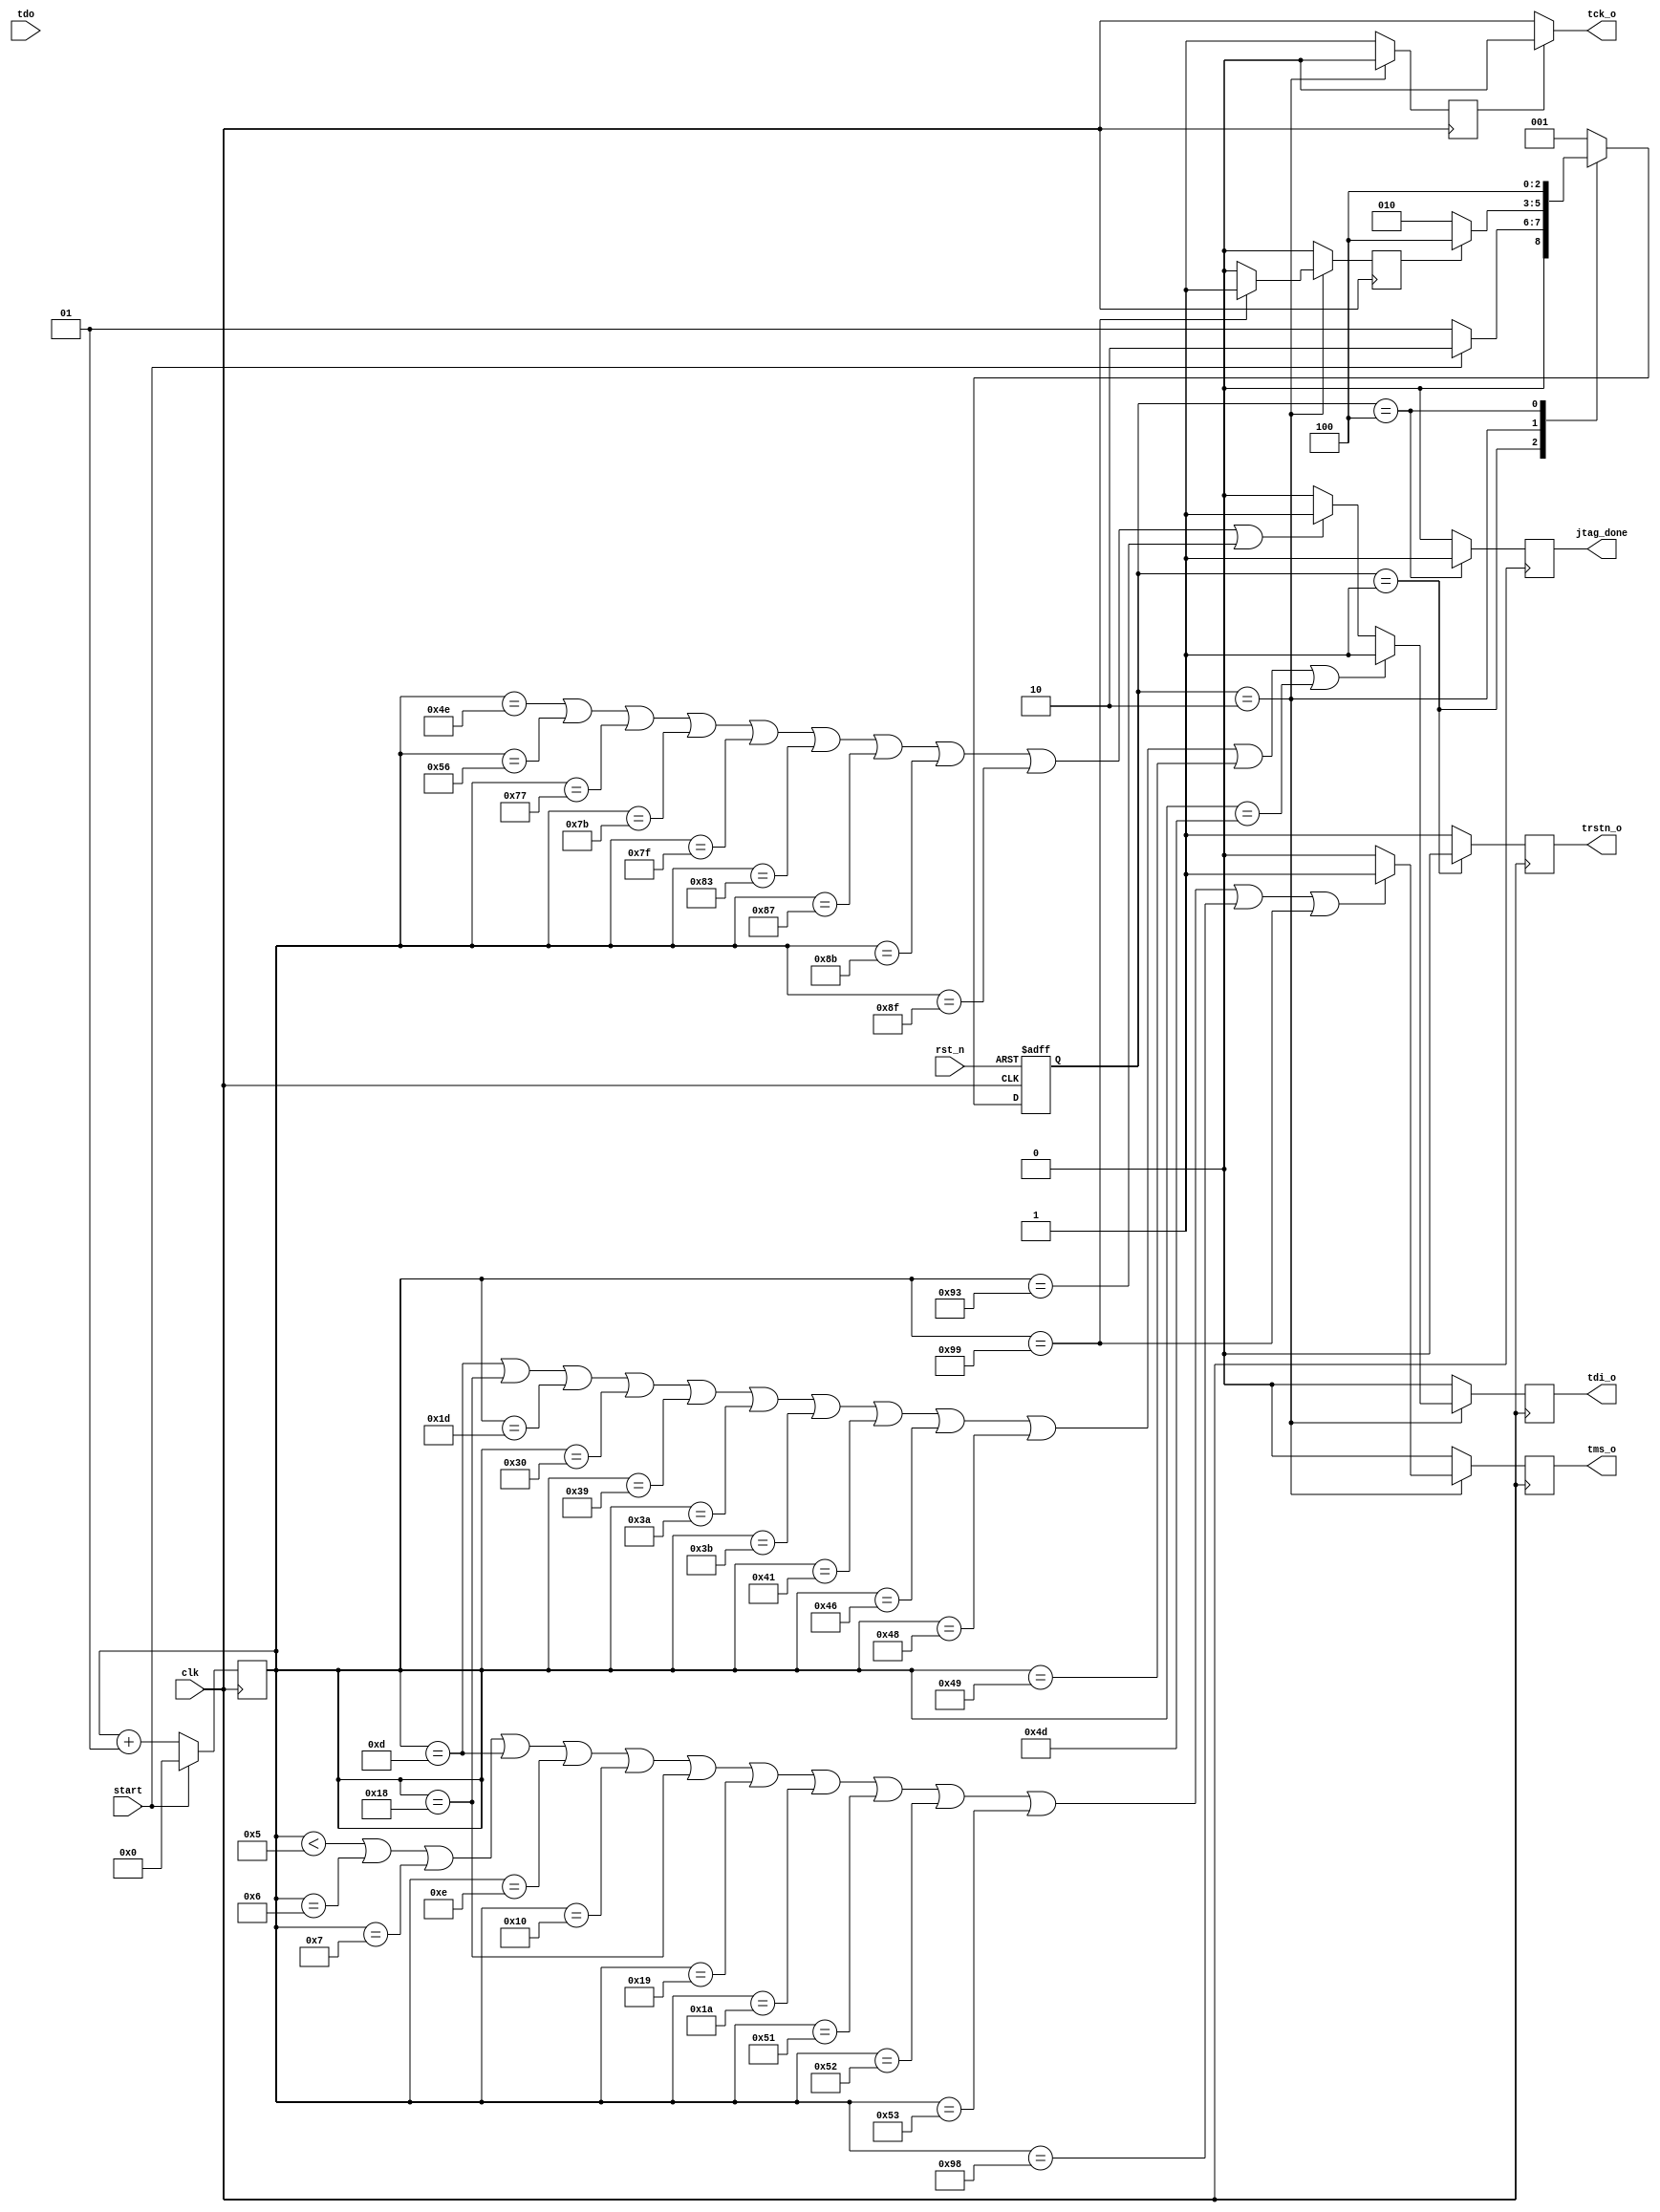
`timescale 1ns / 1ps
//////////////////////////////////////////////////////////////////////////////////
// Company: 
// Engineer: 
// 
// Design Name: 
// Module Name: JTAG_init_parser
// Project Name: 
// Target Devices: 
// Tool Versions: 
// Description: 
// 
// Dependencies: 
// 
// Revision:
// Revision 0.01 - File Created
// Additional Comments:
// 
//////////////////////////////////////////////////////////////////////////////////


module JTAG_init_parser(
    input clk,
    input rst_n,
    input start,
    input tdo,
    output tck_o,
    output trstn_o,
    output tdi_o,
    output tms_o,
    output jtag_done
    );
    
    parameter INIT = 3'b001;
    parameter JTAG_SETUP = 3'b010;
    parameter JTAG_DONE = 3'b100;
    
    reg [2:0] PRES_STATE;
    reg [2:0] NEXT_STATE;
    
    //state_index
    integer i;
    
    // Output reg
    reg spi_csn, trstn, tdi, tms, tck;
    reg tck_zero, reset_done;
    //JTAG finish setup, and start Loading File.
    reg jset_done;
    
    assign tck_o = tck;
    assign trstn_o = trstn;
    assign tdi_o = tdi;
    assign tms_o = tms;
    assign jtag_done = jset_done;
    
    // Control tck
    always @(*) begin
        if (tck_zero) begin
            tck = 1'b0;
        end else begin
            tck = clk;
        end
    end    
    // Control index
    always @(negedge clk) begin
        if(start) begin
            i<=0;
        end else begin
            i<=i+1;
        end
        //$display("i = %d", i);
    end
    
    // Control path sequential circuit.
    always @(negedge clk, negedge rst_n) begin
        if (!rst_n) begin
            PRES_STATE <= INIT;
        end else begin
            PRES_STATE <= NEXT_STATE;
            //$display("Current STATE: %b", PRES_STATE);
        end
    end
    
    // Control path combinational circuit.
    always @(*) begin
        NEXT_STATE = INIT;
    case (PRES_STATE)
    INIT:begin
        if(start) begin
            NEXT_STATE = JTAG_SETUP;
        end else begin
            NEXT_STATE = INIT;
        end
    end
    JTAG_SETUP:begin
        if(reset_done) begin
            NEXT_STATE = JTAG_DONE;
        end else begin
            NEXT_STATE = JTAG_SETUP;
        end
    end
    JTAG_DONE:begin
        NEXT_STATE = JTAG_DONE;
    end
    endcase
    end
    
    // Control path sequential circuit.
    always @(negedge clk) begin
        tck_zero <= 1'b1;
        reset_done <= 1'b0;
        tms <= 1'b0;
        tdi <= 1'b0;
        trstn <= 1'b1;
        jset_done <= 1'b0;
    case (PRES_STATE)
    INIT:begin
        tck_zero <= 1'b1;
        tms <= 1'b0;
        tdi <= 1'b0;
        trstn <= 1'b0;
    end
    JTAG_SETUP:begin
        tck_zero <= 1'b0;
        if(i<5 || i==6 || i==7 || i==13 || i==14 || i==16 || i==24 || i==25 || i==26 || i==81 || i==82 || i==83 || i==152 || i==153) begin
            tms <= 1'b1;
        end
        if(i==13 || i==24 || i==29 || i==48 || i==57 || i==58 || i==59 || i==65 || i==70 || i==72 || i==73 || i==77) begin
            tdi <= 1'b1;
        end else if(i==78 || i==86 || i==119 || i==123 || i==127 || i==131 || i==135 || i==139 || i==143 || i==147) begin 
            tdi <= 1'b1;
        end
        if(i==153) begin
            reset_done <= 1'b1;
        end
    end
    JTAG_DONE:begin
        tck_zero <= 1'b0;
        tck_zero <= 1'b1;
        jset_done <= 1'b1;
    end
    endcase
    end
endmodule